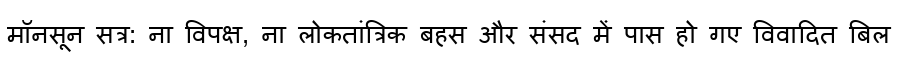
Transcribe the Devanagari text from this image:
मॉनसून सत्र: ना विपक्ष, ना लोकतांत्रिक बहस और संसद में पास हो गए विवादित बिल